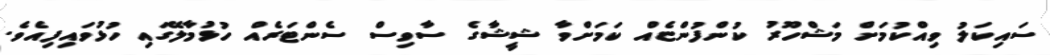
ސައިކަލު ވިއްކުމަށް މަޝްހޫރު ކުންފުންޏެއް ކަމަށްވާ ޝީޝާގެ ސާވިސް ސެންޓަރެއް ހުޅުމާލޭގައި ހުޅުވައިފިއެވެ.